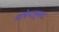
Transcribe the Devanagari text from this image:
भाषेपासुनच